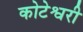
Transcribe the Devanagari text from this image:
कोटेश्वरी